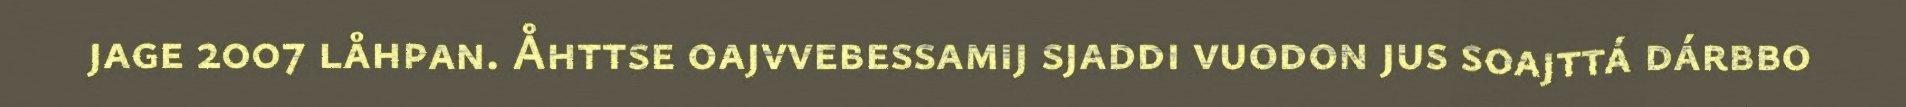
jage 2007 låhpan. Åhttse oajvvebessamij sjaddi vuodon jus soajttá dárbbo